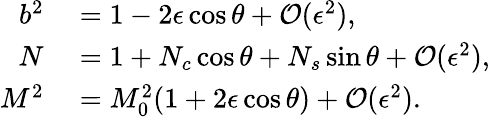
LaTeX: \begin{array}{rl}{b^{2}}&{{}=1-2\epsilon\cos\theta+\mathcal{O}(\epsilon^{2}),}\\ {N}&{{}=1+N_{c}\cos\theta+N_{s}\sin\theta+\mathcal{O}(\epsilon^{2}),}\\ {M^{2}}&{{}=M_{0}^{2}(1+2\epsilon\cos\theta)+\mathcal{O}(\epsilon^{2}).}\end{array}